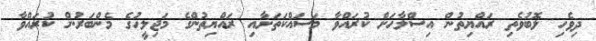
ދިވެހި ލޮބުވެތި ރައްޔިތުން އިސްލާހަށް ކުރައްވާ މަސައްކަތަށާއި ރައްޔިތުންގެ މަޖިލީހުގެ މެންބަރުން ކުރައްވާ